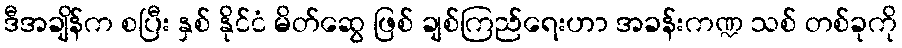
ဒီအချိန်က စပြီး နှစ် နိုင်ငံ မိတ်ဆွေ ဖြစ် ချစ်ကြည်ရေးဟာ အခန်းကဏ္ဍ သစ် တစ်ခုကို